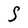
Character: S